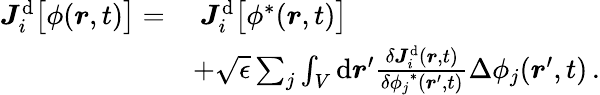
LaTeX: \begin{array}{rl}{\boldsymbol{J}_{i}^{\mathrm{d}}\big[{\phi}(\boldsymbol{r},t)\big]=}&{~\boldsymbol{J}_{i}^{\mathrm{d}}\big[{\phi}^{*}(\boldsymbol{r},t)\big]}\\ &{+\sqrt{\epsilon}\sum_{j}\int_{V}\mathrm{d}\boldsymbol{r}^{\prime}\frac{\delta\boldsymbol{J}_{i}^{\mathrm{d}}(\boldsymbol{r},t)}{\delta{\phi_{j}}^{*}(\boldsymbol{r}^{\prime},t)}{\Delta\phi_{j}}(\boldsymbol{r}^{\prime},t)\, .}\end{array}